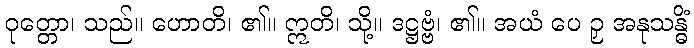
ဝုတ္တော၊ သည်။ ဟောတိ၊ ၏။ ဣတိ၊ သို့။ ဒဋ္ဌဗ္ဗံ၊ ၏။ အယံ ပေ ဉှ အနုသန္ဓိံ